Lunatic asylums United Prov. 1922-30 - 1922-1930
Year: 1922
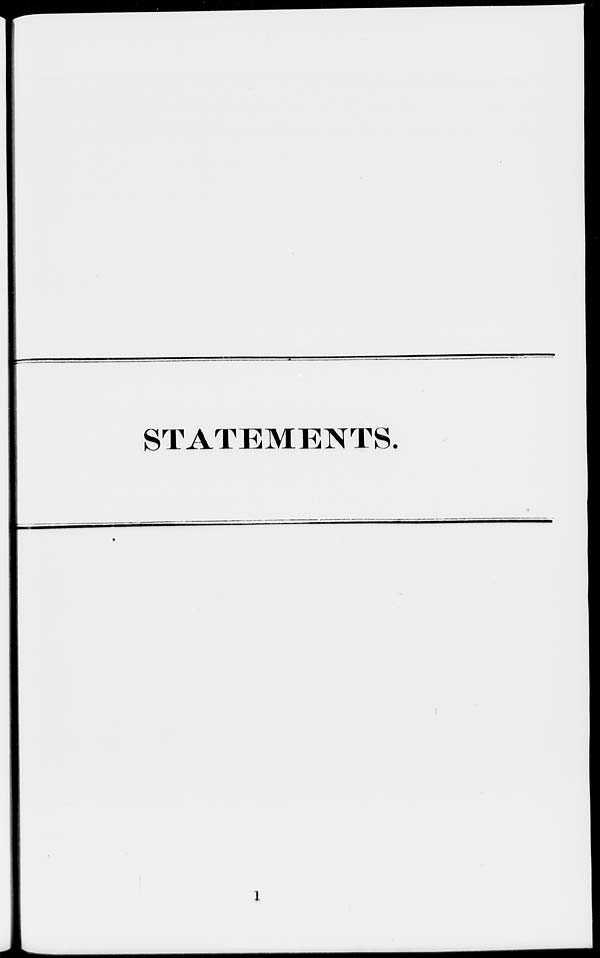
STATEMENTS.